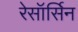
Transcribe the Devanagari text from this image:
रेसॉर्सिन